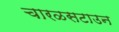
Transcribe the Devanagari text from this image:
चारळसटाउन